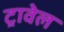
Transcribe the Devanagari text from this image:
ट्रावेल